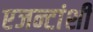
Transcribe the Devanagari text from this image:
एजन्टांशी